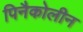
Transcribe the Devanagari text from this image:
पिनैकोलीन